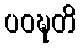
ပဝဍ္ဎတိ